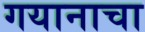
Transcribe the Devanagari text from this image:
गयानाचा